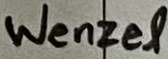
Text: Wenzel